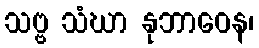
သဗ္ဗ သံဃာ နုဘာဝေန၊